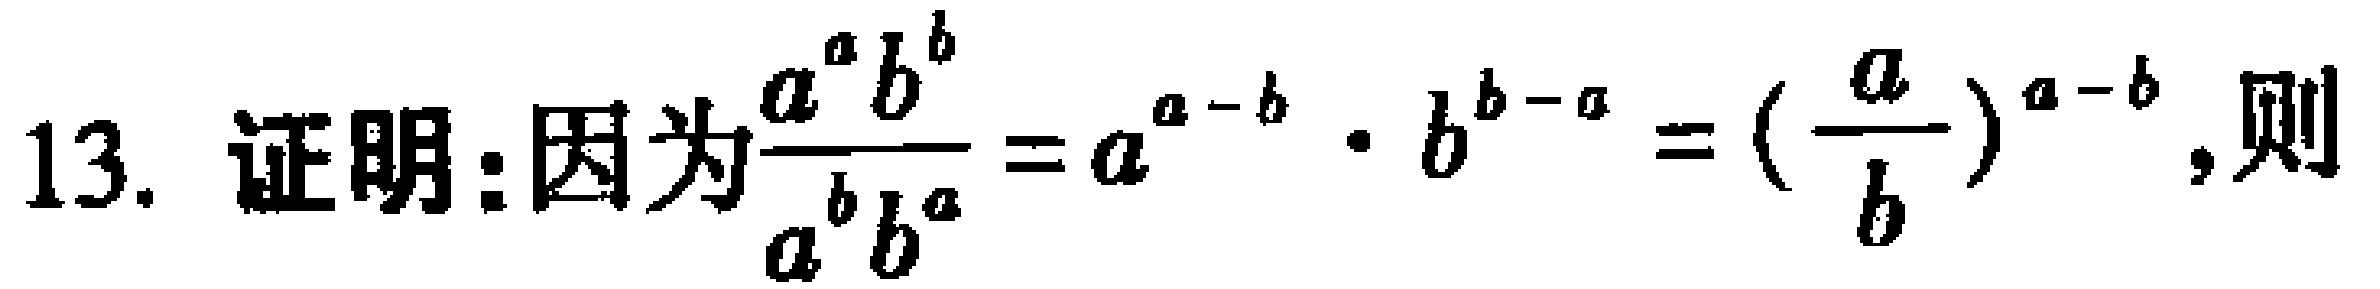
13. 证明:因为$\frac{a^{a}b^{b}}{a^{b}b^{a}} = a^{a - b}\cdot b^{b - a}=(\frac{a}{b})^{a - b}$,则